Report of the Municipal Commissioner on the plague in Bombay for the year ending 31st May... - Volume 1
Disease focus: Plague
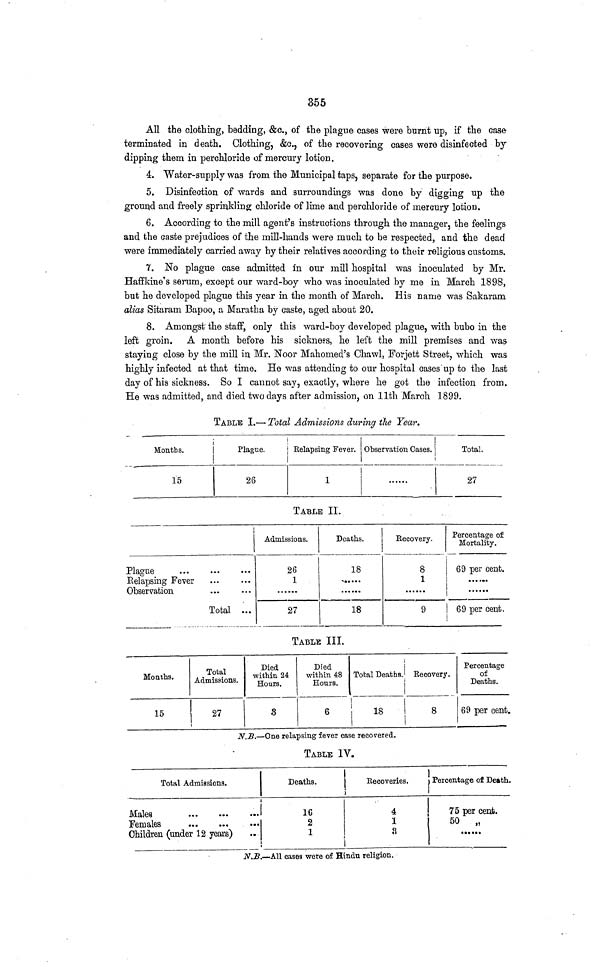
355
All the clothing, bedding, &c., of the plague cases were burnt up, if the case
terminated in death. Clothing, &c., of the recovering cases were disinfected by
dipping them in perchloride of mercury lotion.
4. Water-supply was from the Municipal taps, separate for the purpose.
5. Disinfection of wards and surroundings was done by digging up the
ground and freely sprinkling chloride of lime and perchloride of mercury lotion.
6. According to the mill agent's instructions through the manager, the feelings
and the caste prejudices of the mill-hands were much to be respected, and the dead
were immediately earned away by their relatives according to their religious customs.
7. No plague case admitted in our mill hospital was inoculated by Mr.
Haffkine's serum, except our ward-boy who was inoculated by me in March 1898,
but he developed plague this year in the month of March. His name was Sakaram
alias Sitaram Bapoo, a Maratha by caste, aged about 20.
8. Amongst the staff, only this ward-boy developed plague, with bubo in the
left groin. A month before his sickness, he left the mill premises and was-
staying close by the mill in Mr. Noor Mahomed's Chawl, Forjett Street, which was
highly infected at that time. He was attending to our hospital cases up to the last
day of his sickness. So I cannot say, exactly, where he got the infection from.
He was admitted, and died two days after admission, on llth March 1899.
TABLE I.— Total Admissions during the Year.
Months.
15
Plague.
26
Belapsing Fever.
1
Observation Cases.
Total.
27
TABLE II.
Plague
Relapsing Fever
Observation
Total ...
Admissions.
26
1
27
Deaths.
18
**«
**
*
18
Eecovery.
8
1
9
Percentage of
Mortality.
69 per cent.
......
1
69 per cent.
TABLE III.
Months.
15
Total
Admissions.
27
Died
within 24
Hours.
3
Died
within 48
Hours,
6
Total Deaths.
!
18
Eecovery.
8
Percentage
of
Deaths.
69 per cent.
N.B.—One relapsing fever case recovered.
TABLE IV.
Total Admissions.
Males
Females
Children (under 12 years)
Deaths.
16
2
1
Recoveries.
4
1
a
Percentage of Death.
75 per cent.
50
„
N.B.—All cases were of Hindu religion.